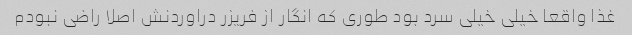
غذا واقعا خیلی خیلی سرد بود طوری که انگار از فریزر دراوردنش اصلا راضی نبودم